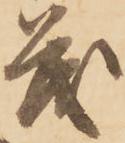
茂